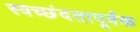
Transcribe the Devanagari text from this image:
स्वच्छंदतापूर्वक